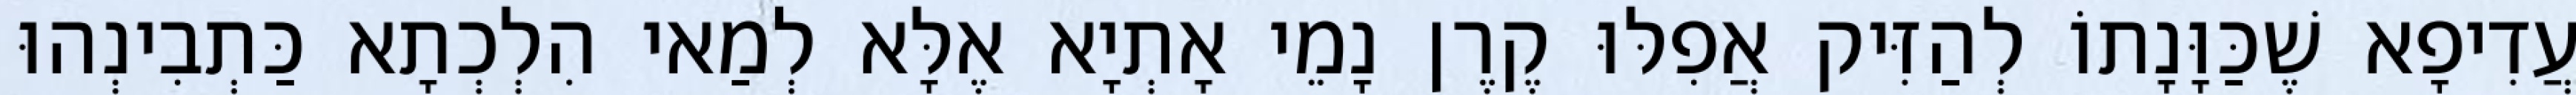
עֲדִיפָא שֶׁכַּוָּנָתוֹ לְהַזִּיק אֲפִלּוּ קֶרֶן נָמֵי אָתְיָא אֶלָּא לְמַאי הִלְכְתָא כַּתְבִינְהוּ